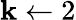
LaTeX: \mathbf{k}\leftarrow2